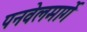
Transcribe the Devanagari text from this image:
पनवेलमार्गे